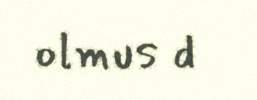
olmus d